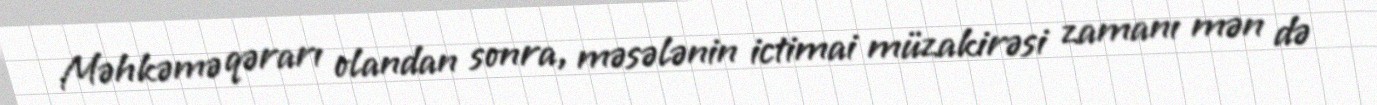
Məhkəmə qərarı olandan sonra, məsələnin ictimai müzakirəsi zamanı mən də